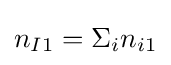
n_{I1}=\Sigma _{i}n_{i1}